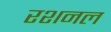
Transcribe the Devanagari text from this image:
रशनल